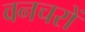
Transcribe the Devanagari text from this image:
वनचरों